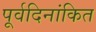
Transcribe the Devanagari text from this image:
पूर्वदिनांकित